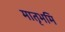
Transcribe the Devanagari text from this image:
मातृभमि